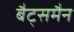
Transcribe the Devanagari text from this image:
बैट्समैन